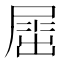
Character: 𡲬